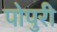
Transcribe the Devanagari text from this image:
पोपुरी